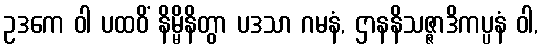
ဥဒကေ ဝါ ပထဝိံ နိမ္မိနိတွာ ပဒသာ ဂမနံ, ဌာနနိသဇ္ဇာဒိကပ္ပနံ ဝါ,